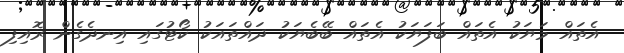
އެތައް މަޔަކު އެތައް ބަފަޔަކު އެތައް ބޭބެޔަކު ދައްތައަކު ކޯޓުގައި އިނދެގެން ރޮއިފި